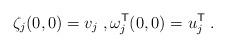
LaTeX: \begin{align*}\zeta_j(0,0) = v_j \;, \omega_j^{\sf T}(0,0) = u_j^{\sf T} \;.\end{align*}